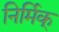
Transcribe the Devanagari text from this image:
निर्मिक्